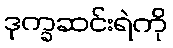
ဒုက္ခဆင်းရဲကို